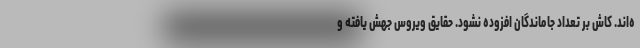
ه‌اند. کاش بر تعداد جاماندگان افزوده نشود. حقایق ویروس جهش یافته و